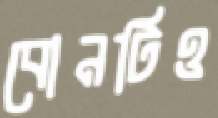
বোনটিও